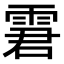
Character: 𩂿